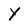
Character: Y